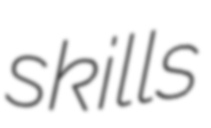
skills